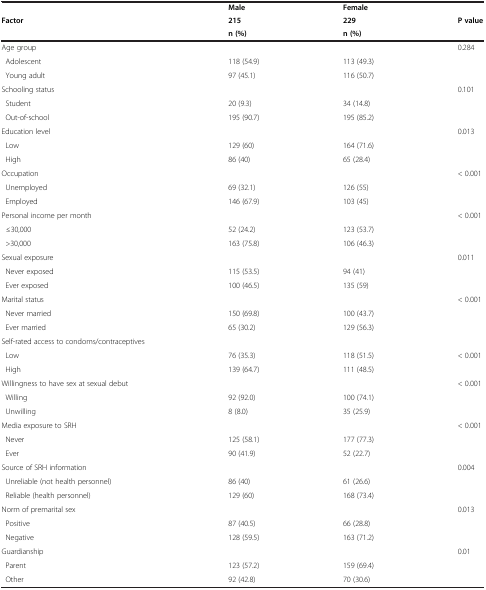
<table><thead><tr><td><b> </b></td><td><b>Male</b></td><td><b>Female</b></td><td><b> </b></td></tr><tr><td rowspan="2"><b>Factor</b></td><td><b>215</b></td><td><b>229</b></td><td rowspan="2"><b>P value</b></td></tr><tr><td><b>n (%)</b></td><td><b>n (%)</b></td></tr></thead><tbody><tr><td>Age group</td><td> </td><td> </td><td>0.284</td></tr><tr><td> Adolescent</td><td>118 (54.9)</td><td>113 (49.3)</td><td> </td></tr><tr><td> Young adult</td><td>97 (45.1)</td><td>116 (50.7)</td><td> </td></tr><tr><td>Schooling status</td><td> </td><td> </td><td>0.101</td></tr><tr><td> Student</td><td>20 (9.3)</td><td>34 (14.8)</td><td> </td></tr><tr><td> Out-of-school</td><td>195 (90.7)</td><td>195 (85.2)</td><td> </td></tr><tr><td>Education level</td><td> </td><td> </td><td>0.013</td></tr><tr><td> Low</td><td>129 (60)</td><td>164 (71.6)</td><td> </td></tr><tr><td> High</td><td>86 (40)</td><td>65 (28.4)</td><td> </td></tr><tr><td>Occupation</td><td> </td><td> </td><td>&lt; 0.001</td></tr><tr><td> Unemployed</td><td>69 (32.1)</td><td>126 (55)</td><td> </td></tr><tr><td> Employed</td><td>146 (67.9)</td><td>103 (45)</td><td> </td></tr><tr><td>Personal income per month</td><td> </td><td> </td><td>&lt; 0.001</td></tr><tr><td> ≤30,000</td><td>52 (24.2)</td><td>123 (53.7)</td><td> </td></tr><tr><td> &gt;30,000</td><td>163 (75.8)</td><td>106 (46.3)</td><td> </td></tr><tr><td>Sexual exposure</td><td> </td><td> </td><td>0.011</td></tr><tr><td> Never exposed</td><td>115 (53.5)</td><td>94 (41)</td><td> </td></tr><tr><td> Ever exposed</td><td>100 (46.5)</td><td>135 (59)</td><td> </td></tr><tr><td>Marital status</td><td> </td><td> </td><td>&lt; 0.001</td></tr><tr><td> Never married</td><td>150 (69.8)</td><td>100 (43.7)</td><td> </td></tr><tr><td> Ever married</td><td>65 (30.2)</td><td>129 (56.3)</td><td> </td></tr><tr><td>Self-rated access to condoms/contraceptives</td><td> </td><td> </td><td> </td></tr><tr><td> Low</td><td>76 (35.3)</td><td>118 (51.5)</td><td>&lt; 0.001</td></tr><tr><td> High</td><td>139 (64.7)</td><td>111 (48.5)</td><td> </td></tr><tr><td>Willingness to have sex at sexual debut</td><td> </td><td> </td><td>&lt; 0.001</td></tr><tr><td> Willing</td><td>92 (92.0)</td><td>100 (74.1)</td><td> </td></tr><tr><td> Unwilling</td><td>8 (8.0)</td><td>35 (25.9)</td><td> </td></tr><tr><td>Media exposure to SRH</td><td> </td><td> </td><td>&lt; 0.001</td></tr><tr><td> Never</td><td>125 (58.1)</td><td>177 (77.3)</td><td> </td></tr><tr><td> Ever</td><td>90 (41.9)</td><td>52 (22.7)</td><td> </td></tr><tr><td>Source of SRH information</td><td> </td><td> </td><td>0.004</td></tr><tr><td> Unreliable (not health personnel)</td><td>86 (40)</td><td>61 (26.6)</td><td> </td></tr><tr><td> Reliable (health personnel)</td><td>129 (60)</td><td>168 (73.4)</td><td> </td></tr><tr><td>Norm of premarital sex</td><td> </td><td> </td><td>0.013</td></tr><tr><td> Positive</td><td>87 (40.5)</td><td>66 (28.8)</td><td> </td></tr><tr><td> Negative</td><td>128 (59.5)</td><td>163 (71.2)</td><td> </td></tr><tr><td>Guardianship</td><td> </td><td> </td><td>0.01</td></tr><tr><td> Parent</td><td>123 (57.2)</td><td>159 (69.4)</td><td> </td></tr><tr><td> Other</td><td>92 (42.8)</td><td>70 (30.6)</td><td> </td></tr></tbody></table>